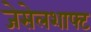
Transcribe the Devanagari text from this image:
जेसेलशाफ्ट